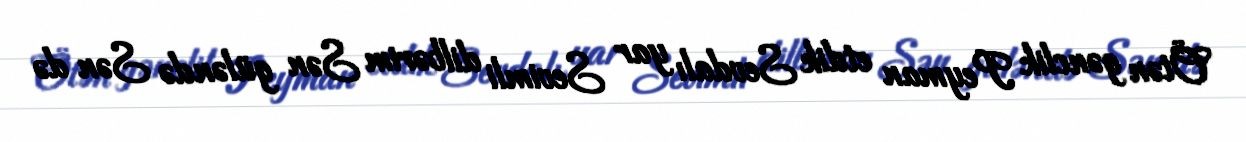
Ötən gənclik Peyman etdik Sevdalı yar Sevimli dilbərim Sən güləndə Sən də